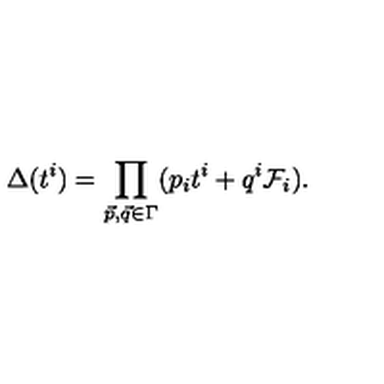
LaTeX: \Delta ( t ^ { i } ) = \prod _ { \vec { p } , \vec { q } \in \Gamma } ( p _ { i } t ^ { i } + q ^ { i } \mathcal { F } _ { i } ) .